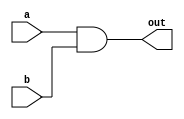
 // name: and_gate.v
 
module and_gate(out, a,b);  //you list all inputs and outputs, by convention outputs go first
output out;                          // this tells the compile which lines are inputs and outputs 
input a, b;

assign out = a & b;         // output function
endmodule